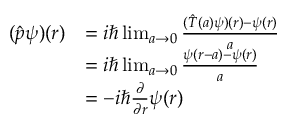
{ \begin{array} { r l } { ( { \hat { p } } \psi ) ( r ) } & { = i \hbar \operatorname* { l i m } _ { a \to 0 } { \frac { ( { \hat { T } } ( a ) \psi ) ( r ) - \psi ( r ) } { a } } } \\ & { = i \hbar \operatorname* { l i m } _ { a \to 0 } { \frac { \psi ( r - a ) - \psi ( r ) } { a } } } \\ & { = - i \hbar { \frac { \partial } { \partial r } } \psi ( r ) } \end{array} }